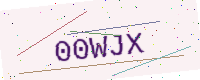
Text: 00WJX